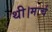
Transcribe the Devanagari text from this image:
थी।मार्च